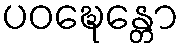
ပဝဍ္ဎေန္တော